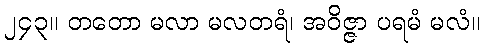
၂၄၃။ တတော မလာ မလတရံ၊ အဝိဇ္ဇာ ပရမံ မလံ။